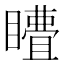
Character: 𭿣